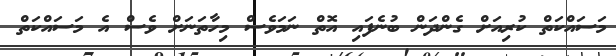
މަސައްކަތް ކުރިއަށް ގެންދަން ބުނެފައި އޮތް ނަމަވެސް މިހާތަނަށް ވެސް އެ މަސައްކަތް